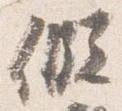
仮